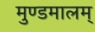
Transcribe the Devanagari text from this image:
मुण्डमालम्